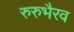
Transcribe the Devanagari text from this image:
रुरुभैरव